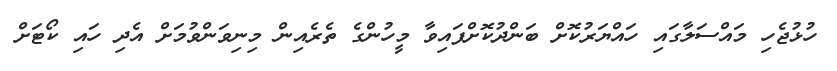
ހުޅުޖެހި މައްސަލާގައި ހައްޔަރުކޮށް ބަންދުކޮށްފައިވާ މީހުންގެ ތެރެއިން މިނިވަންވުމަށް އެދި ހައި ކޯޓަށް